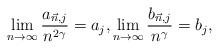
LaTeX: \begin{align*} \lim_{n \to \infty} \frac{a_{\vec{n},j}}{n^{2\gamma}} = a_j, \lim_{n \to \infty} \frac{b_{\vec{n},j}}{n^\gamma} = b_j, \end{align*}